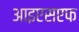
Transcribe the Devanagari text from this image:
आइएसएफ